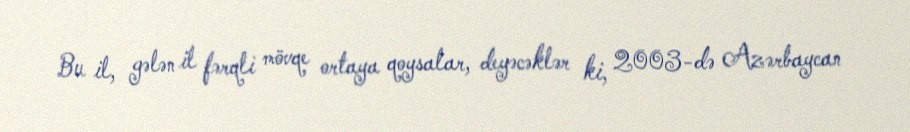
Bu il, gələn il fərqli mövqe ortaya qoysalar, deyəcəklər ki, 2003-də Azərbaycan